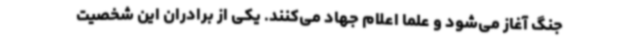
جنگ آغاز می‌شود و علما اعلام جهاد می‌کنند. یکی از برادران این شخصیت